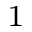
^ 1